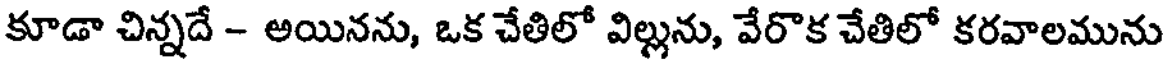
కూడా చిన్నదే - అయినను, ఒక చేతిలో విల్లును, వేరొక చేతిలో కరవాలమును